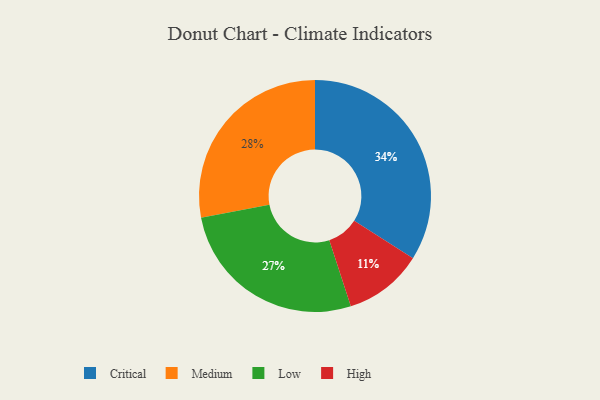
{"axis": {"x": "Category", "y": "Percentage"}, "legend": ["Critical", "High", "Low", "Medium"], "data": [{"x": "Critical", "y": 34, "type": "Critical"}, {"x": "Low", "y": 27, "type": "Low"}, {"x": "Medium", "y": 28, "type": "Medium"}, {"x": "High", "y": 11, "type": "High"}]}